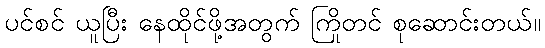
ပင်စင် ယူပြီး နေထိုင်ဖို့အတွက် ကြိုတင် စုဆောင်းတယ်။